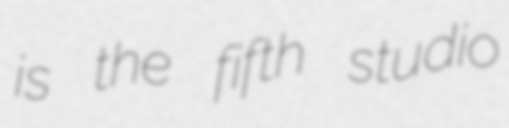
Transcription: is the fifth studio